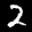
Label: 2